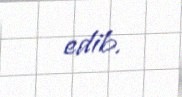
edib.